Technical education in continuation classes, 1936
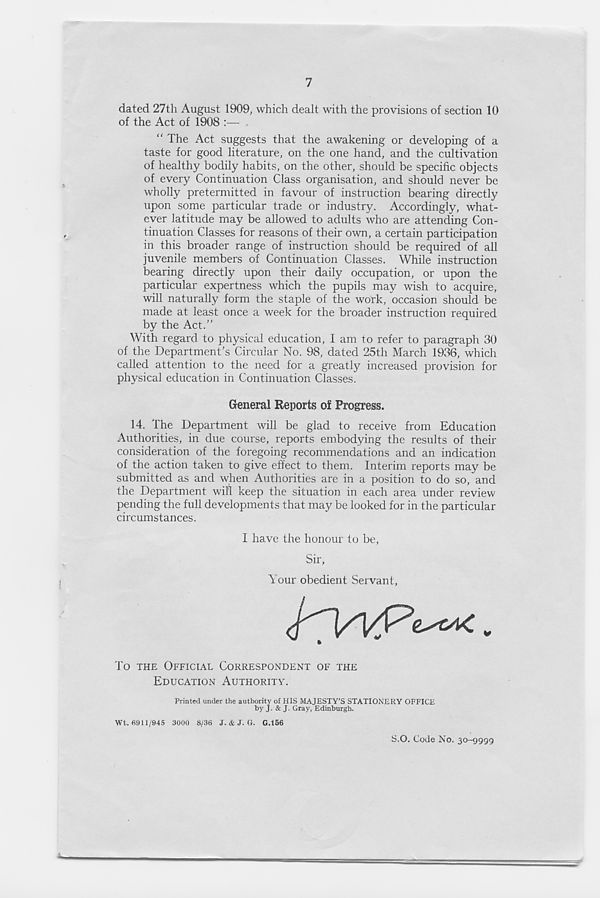
7
dated 27th August 1909, which dealt with the provisions of section 10
of the Act of 1908 :— .
“ The Act suggests that the awakening or developing of a
taste for good literature, on the one hand, and the cultivation
of healthy bodily habits, on the other, should be specific objects
of every Continuation Class organisation, and should never be
wholly pretermitted in favour of instruction bearing directly
upon some particular trade or industry. Accordingly, what-
ever latitude may be allowed to adults who are attending Con-
tinuation Classes for reasons of their own, a certain participation
in this broader range of instruction should be required of all
juvenile members of Continuation Classes. While instruction
bearing directly upon their daily occupation, or upon the
particular expertness which the pupils may wish to acquire,
will naturally form the staple of the work, occasion should be
made at least once a week for the broader instruction required
by the Act.”
With regard to physical education, I am to refer to paragraph 30
of the Department’s Circular No. 98, dated 25th March 1936, which
called attention to the need for a greatly increased provision for
physical education in Continuation Classes.
General Reports of Progress.
14. The Department will be glad to receive from Education
Authorities, in due course, reports embodying the results of their
consideration of the foregoing recommendations and an indication
of the action taken to give effect to them. Interim reports may be
submitted as and when Authorities are in a position to do so, and
the Department will keep the situation in each area under review
pending the full developments that may be looked for in the particular
circumstances.
I have the honour to be,
Sir,
Your obedient Servant,
To THE OFFICIAL CORRESPONDENT OF THE
EDUCATION AUTHORITY.
Printed under the authority of HIS MAJESTY’S STATIONERY OFFICE
by J. & J. Gray, Edinburgh.
Wt. 6911/945 3000 8/36 J. & J. G. G.156
S.O. Code No. 30-9999